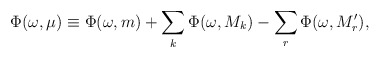
\begin{align*}\Phi(\omega,\mu)\equiv\Phi(\omega,m)+\sum_k \Phi(\omega,M_k) -\sum_r \Phi(\omega,M'_r),\end{align*}